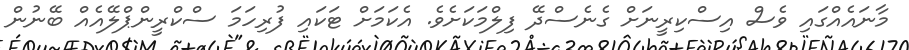
މާނައެއްގައި ވެސް އިސްކިރީނަށް ގެނެސްދޭ ފިލްމަކަށެވެ. އެކަމަށް ޓަކައި ފުރިހަމަ ސްކްރީންޕްލޭއެއް ބޭނުން